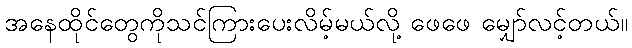
အနေထိုင်တွေကိုသင်ကြားပေးလိမ့်မယ်လို့ ဖေဖေ မျှော်လင့်တယ်။